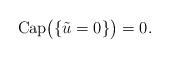
LaTeX: \begin{align*} {\rm Cap}\big( \{ \tilde u = 0 \} \big) = 0.\end{align*}